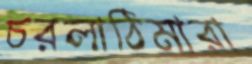
চরলাঠিমারা